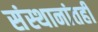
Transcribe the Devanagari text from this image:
संस्थानांतही